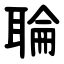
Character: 䎾